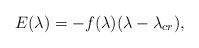
\begin{align*} E (\lambda) =-f(\lambda)(\lambda - \lambda_{cr}) , \end{align*}